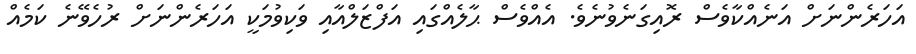
އަހަރެންނަށް އަނެއްކާވެސް ރޮއިގަނެވުނެވެ. އެއްވެސް ޙާލެއްގައި އަފްޒަލްއާއި ވަކިވުމަކީ އަހަރެންނަށް ރުހެވޭނެ ކަމެއް